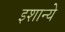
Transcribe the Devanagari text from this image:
इशान्ये